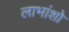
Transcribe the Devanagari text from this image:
लाभांशो